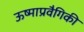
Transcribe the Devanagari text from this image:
ऊष्माप्रवैगिकी